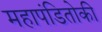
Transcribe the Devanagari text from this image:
महापंडितोकी